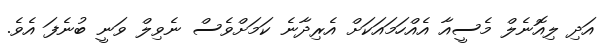
އަދި ލިއޮނެލް މެސީއާ އެއްހަމައަކަށް އެރިދާނެ ކަމަށްވެސް ނެވިލް ވަނީ ބުނެފަ އެވެ.